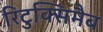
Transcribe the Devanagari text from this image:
रिटुक्सिमैब